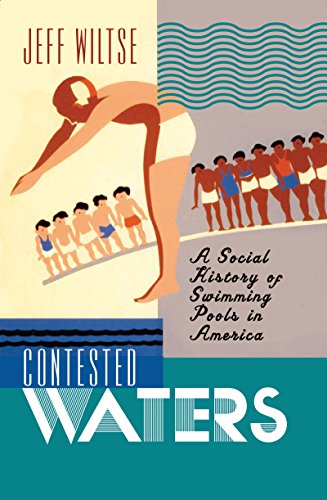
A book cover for Contested Waters: A Social History of Swimming Pools in America; Jeff Wiltse; Sports & Outdoors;